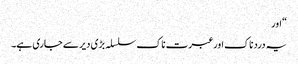
“ اور
یہ درد ناک اور عبرت ناک سلسلہ بڑی دیر سے جاری ہے۔